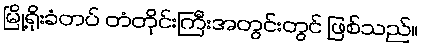
မြို့ရိုးခံတပ် တံတိုင်းကြီးအတွင်းတွင် ဖြစ်သည်။